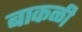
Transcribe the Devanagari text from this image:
बाकळी